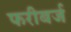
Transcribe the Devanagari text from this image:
फरीबर्ज